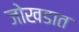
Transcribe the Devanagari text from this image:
जोखडात